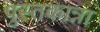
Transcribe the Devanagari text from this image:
पुस्तकान्ना